Leaving Certificate Examination, 1925
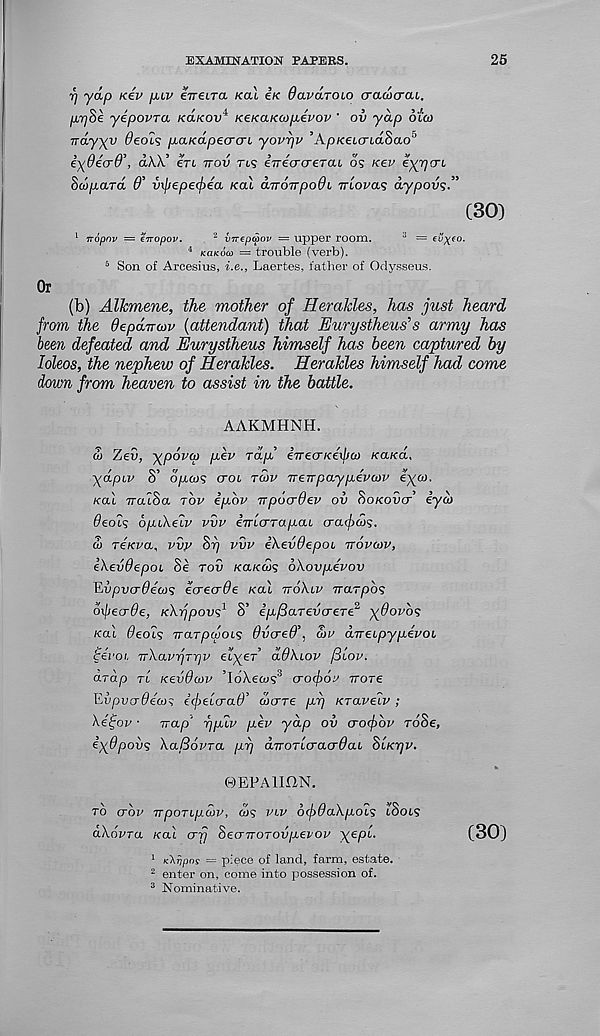
EXAMINATION PAPERS.
25
r] yap xev pav eneira Kal i.K 6avdroi,o crawcrau.
pr]8e yepovra Ka/cov 4 KeKaKcopevov ' ov yap oico
Trdyyv dedis p-aKapecrcn yovpv ’ApKeLcndSao 5
e)(uecru , akK en rrov TI$ errecraeTai o? Kev e^rjcrt
Stojuara 6’ vxjjepecfrea Kal dnoTTpodi Tuoms dypovs.”
(30)
Tropov — eiropov.
2 vnepwov = upper room.
3 =
4 KaKom = trouble (verb).
5 Son of Arcesius, i.e., Laertes, father of Odysseus.
Or
(b) Alkmene, the mother of Herakles, has just heard
from the depd-n-cov {attendant) that Eurystheus's army has
been defeated and Eurystheus himself has been captured by
loleos, the nephew of Herakles. Herakles himself had come
down from heaven to assist in the battle.
AAKMHNH.
<3 Zeu, -)(p6v(p p.ev Tap! eireo-Keipa) KaKa,
yapiv S’
crot TO>V Trenpaypevcov e^oi.
Kal valSa TOP ipbv upocrdev ov Sowroucr’ iycb
deals bpu\elv vvv eTrlcrTapaL cratfcos.
5 reKva, vvy S17 vvv iXevdepoi TTOVCOV,
ikevdepoi Se TOV KUKCOS okovpevov
ILvpvcrdews eorecrde Kal nokiv rrarpos
bifiecrde, Kkijpovs 1 S’ ip/SarevcreTe 2 y^dovbs
/<al deals Trarpcijois dvcred’, £)v dneipypevoL
cevoi. TTkavTjrpv dlyer ddkiov fiiov.
drap TL Kevdwv ’loXeco? 3 crofiov Trore
livpvcrdecos efelcraO’ (bare py Kravelv ;
ke^ov • Trap' yplv pev yap ov aafov roSe,
i^dpovs kaBovra py dvoTlcracrdai StKyv.
©EPAimN.
TO (TOP TrpOTLp.MV, to? VLV 6(f)dakpols ISoLS
akovra Kal o-fj SeawoTOvpevov \epl.
(30)
1 (cAjjpos = piece of land, farm, estate.
2 enter on, come into possession of.
3 Nominative.